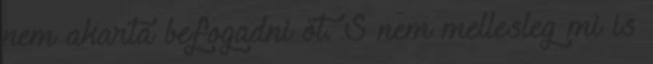
nem akarta befogadni őt. S nem mellesleg mi is